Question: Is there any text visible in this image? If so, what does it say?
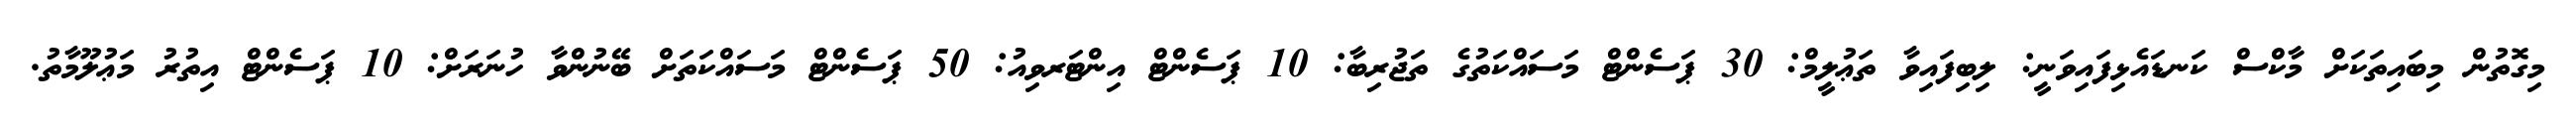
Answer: މިގޮތުން މިބައިތަކަށް މާކްސް ކަނޑައެޅިފައިވަނީ: ލިބިފައިވާ ތަޢުލީމް: 30 ޕަސެންޓް މަސައްކަތުގެ ތަޖުރިބާ: 10 ޕަސެންޓް އިންޓަރވިއު: 50 ޕަސެންޓް މަސައްކަތަށް ބޭނުންވާ ހުނަރަށް: 10 ޕަސެންޓް އިތުރު މަޢުލޫމާތު.